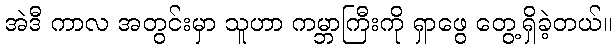
အဲဒီ ကာလ အတွင်းမှာ သူဟာ ကမ္ဘာကြီးကို ရှာဖွေ တွေ့ရှိခဲ့တယ်။